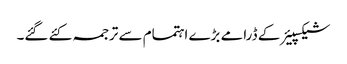
شیکسپیئر کے ڈرامے بڑے اہتمام سے ترجمہ کئے گئے۔